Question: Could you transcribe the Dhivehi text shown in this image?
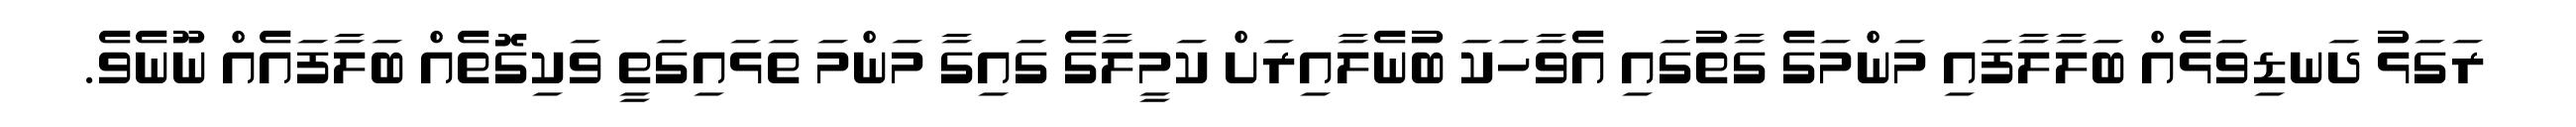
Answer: ރަގަޅު ދަނޑިވަޅެއް ބަލާލާފައި މަންމަގެ ގާތުގައި އެވާހަކަ ބުނެލާއިރަށް ކަމީލާގެ ގައިގާ މަންމަ ތަޅައިގަތީ ވަކިގޮތެއް ބަލާފައެއް ނޫނެވެ.